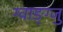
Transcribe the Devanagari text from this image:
ग्वाङ्ग्जु